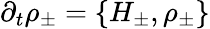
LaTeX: \partial_{t}\rho_{\pm}=\{ H_{\pm},\rho_{\pm}\}